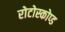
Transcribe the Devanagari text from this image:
रोटोस्कोप्ड